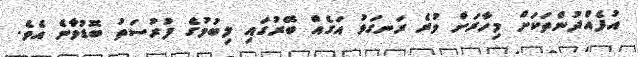
އުފެއްދުންތަކަށް މިހާރަށް ވުރެ ރަނގަޅު އަގެއް ބޭރުގައި ލިބުމުގެ ފުރުސަތު ބޮޑުވާނެ އެވެ.